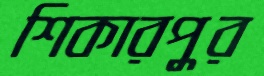
শিকারপুর